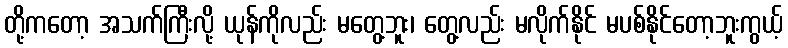
တို့ကတော့ အသက်ကြီးလို့ ယုန်ကိုလည်း မတွေ့ဘူး၊ တွေ့လည်း မလိုက်နိုင် မပစ်နိုင်တော့ဘူးကွယ့်